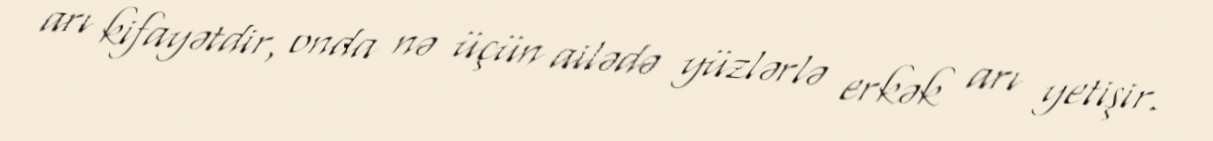
arı kifayətdir, onda nə üçün ailədə yüzlərlə erkək arı yetişir.